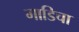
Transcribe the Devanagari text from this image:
गाडिचा